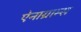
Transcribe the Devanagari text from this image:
ऐनाग्राम्स